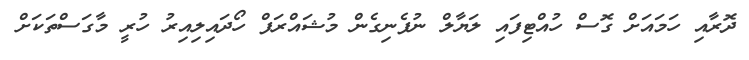
ދޮރާއި ހަމައަށް ގޮސް ހުއްޓިފައި ލަޔާލް ނުފެނިގެން މުޝައްރަފް ހޯދައިލިއިރު ހުރީ މާގަސްތަކަށް